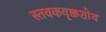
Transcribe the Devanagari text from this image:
स्तवकवृक्कशोथ